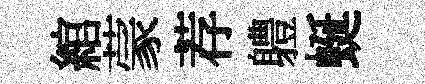
綰蒙荐軆蜒